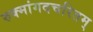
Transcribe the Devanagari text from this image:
रुक्मांगदचरितम्